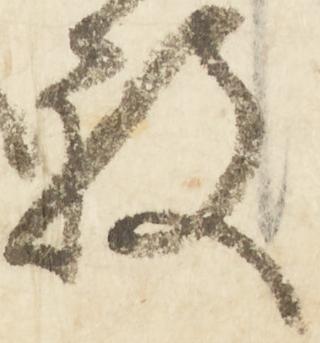
被